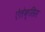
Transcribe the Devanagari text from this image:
ऐलेक्‍सिस